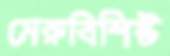
মেরুবিশিষ্ট